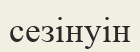
сезінуін